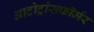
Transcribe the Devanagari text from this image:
आटोट्रांसफॉर्मर